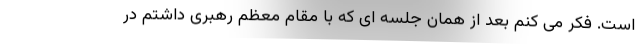
است. فکر می کنم بعد از همان جلسه ای که با مقام معظم رهبری داشتم در